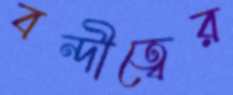
বন্দীত্বের